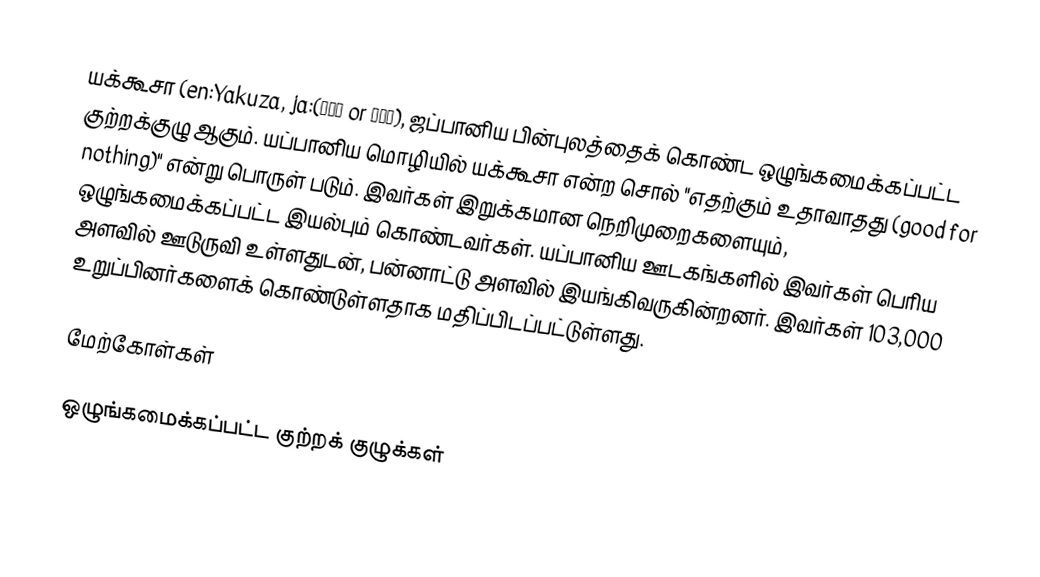
யக்கூசா (en:Yakuza, ja:(やくざ or ヤクザ), ஜப்பானிய பின்புலத்தைக் கொண்ட ஒழுங்கமைக்கப்பட்ட குற்றக்குழு ஆகும். யப்பானிய மொழியில் யக்கூசா என்ற சொல் "எதற்கும் உதாவாதது (good for nothing)" என்று பொருள் படும். இவர்கள் இறுக்கமான நெறிமுறைகளையும், ஒழுங்கமைக்கப்பட்ட இயல்பும் கொண்டவர்கள். யப்பானிய ஊடகங்களில் இவர்கள் பெரிய அளவில் ஊடுருவி உள்ளதுடன், பன்னாட்டு அளவில் இயங்கிவருகின்றனர். இவர்கள் 103,000 உறுப்பினர்களைக் கொண்டுள்ளதாக மதிப்பிடப்பட்டுள்ளது.

மேற்கோள்கள்

ஒழுங்கமைக்கப்பட்ட குற்றக் குழுக்கள்